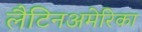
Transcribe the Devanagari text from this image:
लैटिनअमेरिका